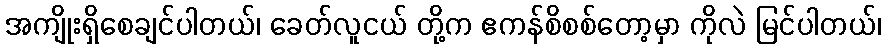
အကျိုးရှိစေချင်ပါတယ်၊ ခေတ်လူငယ် တို့က ဧကန်စိစစ်တော့မှာ ကိုလဲ မြင်ပါတယ်၊